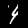
Digit: 4